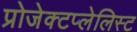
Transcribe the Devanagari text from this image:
प्रोजेक्टप्लेलिस्ट